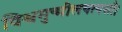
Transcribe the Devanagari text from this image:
विश्वमुन्मीलयत्यसौ।